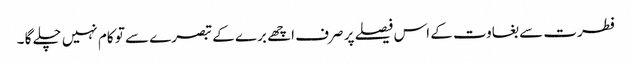
فطرت سے بغاوت کے اس فیصلے پر صرف اچھے برے کے تبصرے سے تو کام نہیں چلے گا ۔